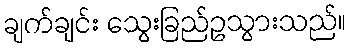
ချက်ချင်း သွေးခြည်ဥသွားသည်။